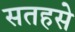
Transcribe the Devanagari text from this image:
सतहसे